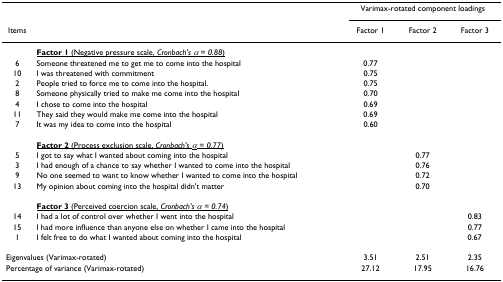
<table><thead><tr><td></td><td></td><td colspan="3"><b>Varimax-rotated component loadings</b></td></tr><tr><td><b>Items</b></td><td></td><td><b>Factor 1</b></td><td><b>Factor 2</b></td><td><b>Factor 3</b></td></tr></thead><tbody><tr><td></td><td><b><underline>Factor 1 </underline></b><underline>(Negative pressure scale, <i>Cronbach&#x27;s α = 0.88</i>)</underline></td><td></td><td></td><td></td></tr><tr><td>6</td><td>Someone threatened me to get me to come into the hospital</td><td>0.77</td><td></td><td></td></tr><tr><td>10</td><td>I was threatened with commitment</td><td>0.75</td><td></td><td></td></tr><tr><td>2</td><td>People tried to force me to come into the hospital.</td><td>0.75</td><td></td><td></td></tr><tr><td>8</td><td>Someone physically tried to make me come into the hospital</td><td>0.70</td><td></td><td></td></tr><tr><td>4</td><td>I chose to come into the hospital</td><td>0.69</td><td></td><td></td></tr><tr><td>11</td><td>They said they would make me come into the hospital</td><td>0.69</td><td></td><td></td></tr><tr><td>7</td><td>It was my idea to come into the hospital</td><td>0.60</td><td></td><td></td></tr><tr><td></td><td><b><underline>Factor 2 </underline></b><underline>(Process exclusion scale, <i>Cronbach&#x27;s α = 0.77</i>)</underline></td><td></td><td></td><td></td></tr><tr><td>5</td><td>I got to say what I wanted about coming into the hospital</td><td></td><td>0.77</td><td></td></tr><tr><td>3</td><td>I had enough of a chance to say whether I wanted to come into the hospital</td><td></td><td>0.76</td><td></td></tr><tr><td>9</td><td>No one seemed to want to know whether I wanted to come into the hospital</td><td></td><td>0.72</td><td></td></tr><tr><td>13</td><td>My opinion about coming into the hospital didn&#x27;t matter</td><td></td><td>0.70</td><td></td></tr><tr><td></td><td><b><underline>Factor 3 </underline></b><underline>(Perceived coercion scale, <i>Cronbach&#x27;s α = 0.74</i>)</underline></td><td></td><td></td><td></td></tr><tr><td>14</td><td>I had a lot of control over whether I went into the hospital</td><td></td><td></td><td>0.83</td></tr><tr><td>15</td><td>I had more influence than anyone else on whether I came into the hospital</td><td></td><td></td><td>0.77</td></tr><tr><td>1</td><td>I felt free to do what I wanted about coming into the hospital</td><td></td><td></td><td>0.67</td></tr><tr><td colspan="2">Eigenvalues (Varimax-rotated)</td><td>3.51</td><td>2.51</td><td>2.35</td></tr><tr><td colspan="2">Percentage of variance (Varimax-rotated)</td><td>27.12</td><td>17.95</td><td>16.76</td></tr></tbody></table>